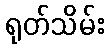
ရုတ်သိမ်း